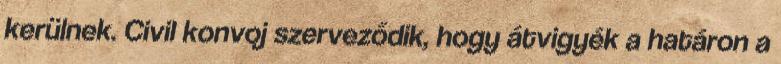
kerülnek. Civil konvoj szerveződik, hogy átvigyék a határon a